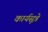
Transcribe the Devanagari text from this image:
कार्यसूत्रे